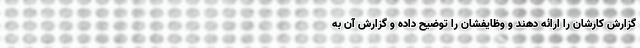
گزارش کارشان را ارائه دهند و وظایفشان را توضیح داده و گزارش آن به